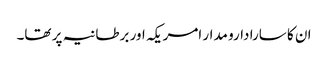
ان کا سارا دارو مدار امریکہ اور برطانیہ پر تھا۔